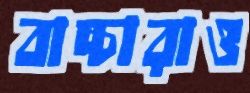
বাচ্চারাও